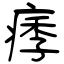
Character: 痵